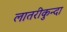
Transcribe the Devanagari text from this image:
लातरीकुन्दा